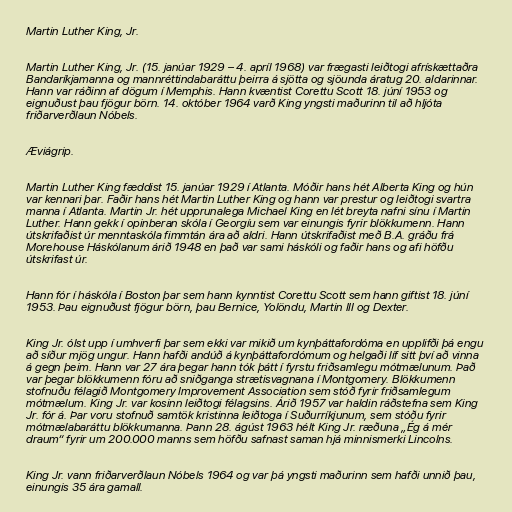
Martin Luther King, Jr.

Martin Luther King, Jr. (15. janúar 1929 – 4. apríl 1968) var frægasti leiðtogi afrískættaðra
Bandaríkjamanna og mannréttindabaráttu þeirra á sjötta og sjöunda áratug 20. aldarinnar.
Hann var ráðinn af dögum í Memphis. Hann kvæntist Corettu Scott 18. júní 1953 og
eignuðust þau fjögur börn. 14. október 1964 varð King yngsti maðurinn til að hljóta
friðarverðlaun Nóbels.

Æviágrip.

Martin Luther King fæddist 15. janúar 1929 í Atlanta. Móðir hans hét Alberta King og hún
var kennari þar. Faðir hans hét Martin Luther King og hann var prestur og leiðtogi svartra
manna í Atlanta. Martin Jr. hét upprunalega Michael King en lét breyta nafni sínu í Martin
Luther. Hann gekk í opinberan skóla í Georgíu sem var einungis fyrir blökkumenn. Hann
útskrifaðist úr menntaskóla fimmtán ára að aldri. Hann útskrifaðist með B.A. gráðu frá
Morehouse Háskólanum árið 1948 en það var sami háskóli og faðir hans og afi höfðu
útskrifast úr.

Hann fór í háskóla í Boston þar sem hann kynntist Corettu Scott sem hann giftist 18. júní
1953. Þau eignuðust fjögur börn, þau Bernice, Yolöndu, Martin III og Dexter.

King Jr. ólst upp í umhverfi þar sem ekki var mikið um kynþáttafordóma en upplifði þá engu
að síður mjög ungur. Hann hafði andúð á kynþáttafordómum og helgaði líf sitt því að vinna
á gegn þeim. Hann var 27 ára þegar hann tók þátt í fyrstu friðsamlegu mótmælunum. Það
var þegar blökkumenn fóru að sniðganga strætisvagnana í Montgomery. Blökkumenn
stofnuðu félagið Montgomery Improvement Association sem stóð fyrir friðsamlegum
mótmælum. King Jr. var kosinn leiðtogi félagsins. Árið 1957 var haldin ráðstefna sem King
Jr. fór á. Þar voru stofnuð samtök kristinna leiðtoga í Suðurríkjunum, sem stóðu fyrir
mótmælabaráttu blökkumanna. Þann 28. ágúst 1963 hélt King Jr. ræðuna „Ég á mér
draum“ fyrir um 200.000 manns sem höfðu safnast saman hjá minnismerki Lincolns.

King Jr. vann friðarverðlaun Nóbels 1964 og var þá yngsti maðurinn sem hafði unnið þau,
einungis 35 ára gamall.